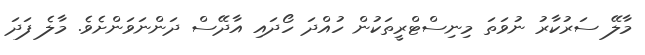
މާލޭ ސަރުކާރު ނުވަތަ މިނިސްޓްރީތަކުން ހުއްދަ ހޯދައި އާދޭސް ދަންނަވަންށެވެ. މާލެ ފަދަ